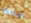
وردية